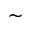
\sim